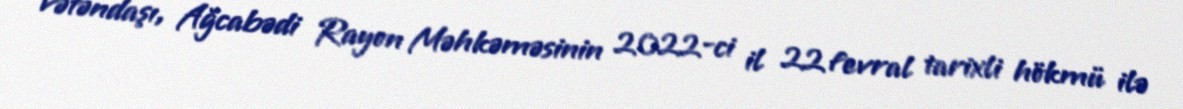
vətəndaşı, Ağcabədi Rayon Məhkəməsinin 2022-ci il 22 fevral tarixli hökmü ilə